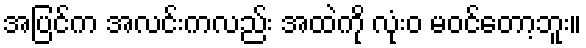
အပြင်က အလင်းကလည်း အထဲကို လုံးဝ မဝင်တော့ဘူး။